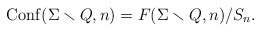
\begin{align*}{\rm Conf}(\Sigma\smallsetminus Q, n)=F(\Sigma\smallsetminus Q, n)/S_n .\end{align*}